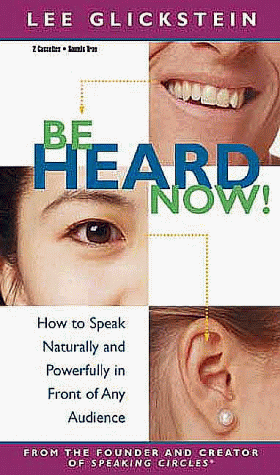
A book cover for Be Heard Now!; Lee Glickstein; Humor & Entertainment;